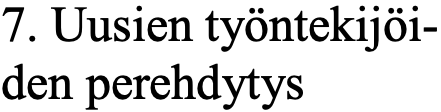
7. Uusien työntekijöi- den perehdytys